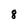
Character: 8